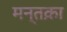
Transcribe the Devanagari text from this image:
मन्तक़ा